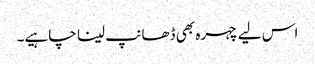
اس لیے چہرہ بھی ڈھانپ لینا چاہیے۔